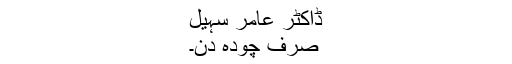
ڈاکٹر عامر سہیل
صرف چودہ دن۔